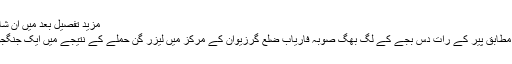
مزید تفصیل بعد میں ان شاء اللہ تعالی
رپوٹ کے مطابق پیر کے رات دس بجے کے لگ بھگ صوبہ فاریاب ضلع گرزیوان کے مرکز میں لیزر گن حملے کے نتیجے میں ایک جنگجو ہلاک ہوا۔